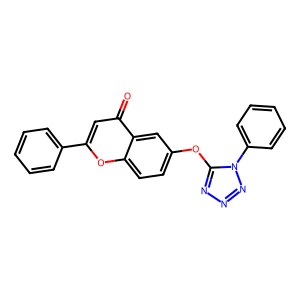
SMILES: O=c1cc(-c2ccccc2)oc2ccc(Oc3nnnn3-c3ccccc3)cc12
Inhibits HIV replication: No